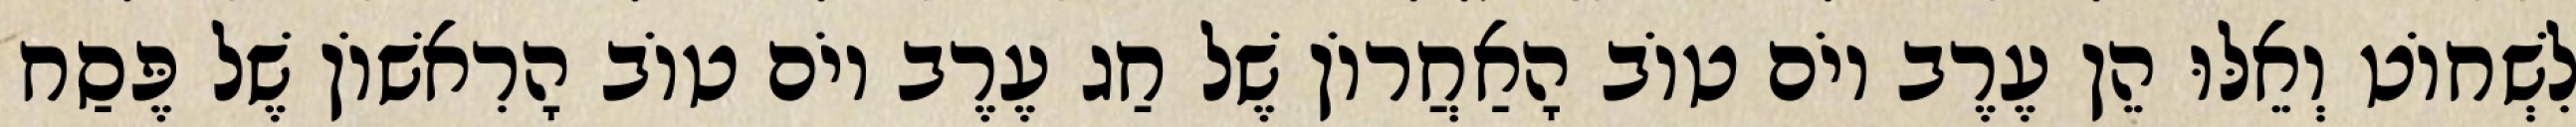
לִשְׁחוֹט וְאֵלּוּ הֵן עֶרֶב יוֹם טוֹב הָאַחֲרוֹן שֶׁל חַג עֶרֶב יוֹם טוֹב הָרִאשׁוֹן שֶׁל פֶּסַח